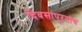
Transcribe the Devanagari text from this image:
दिवसांपुरताच